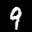
Label: 9